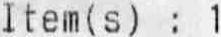
ITEM (S) : 1